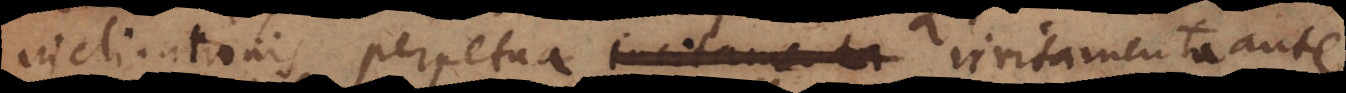
inclinationis perpetua irritamenta ante